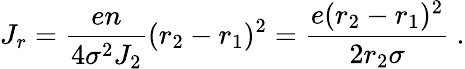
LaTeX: J_{r}={\frac{en}{4\sigma^{2}J_{2}}}(r_{2}-r_{1})^{2}={\frac{e(r_{2}-r_{1})^{2}}{2r_{2}\sigma}}~.